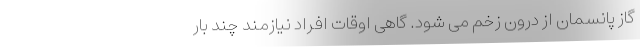
گاز پانسمان از درون زخم می شود. گاهی اوقات افراد نیازمند چند بار